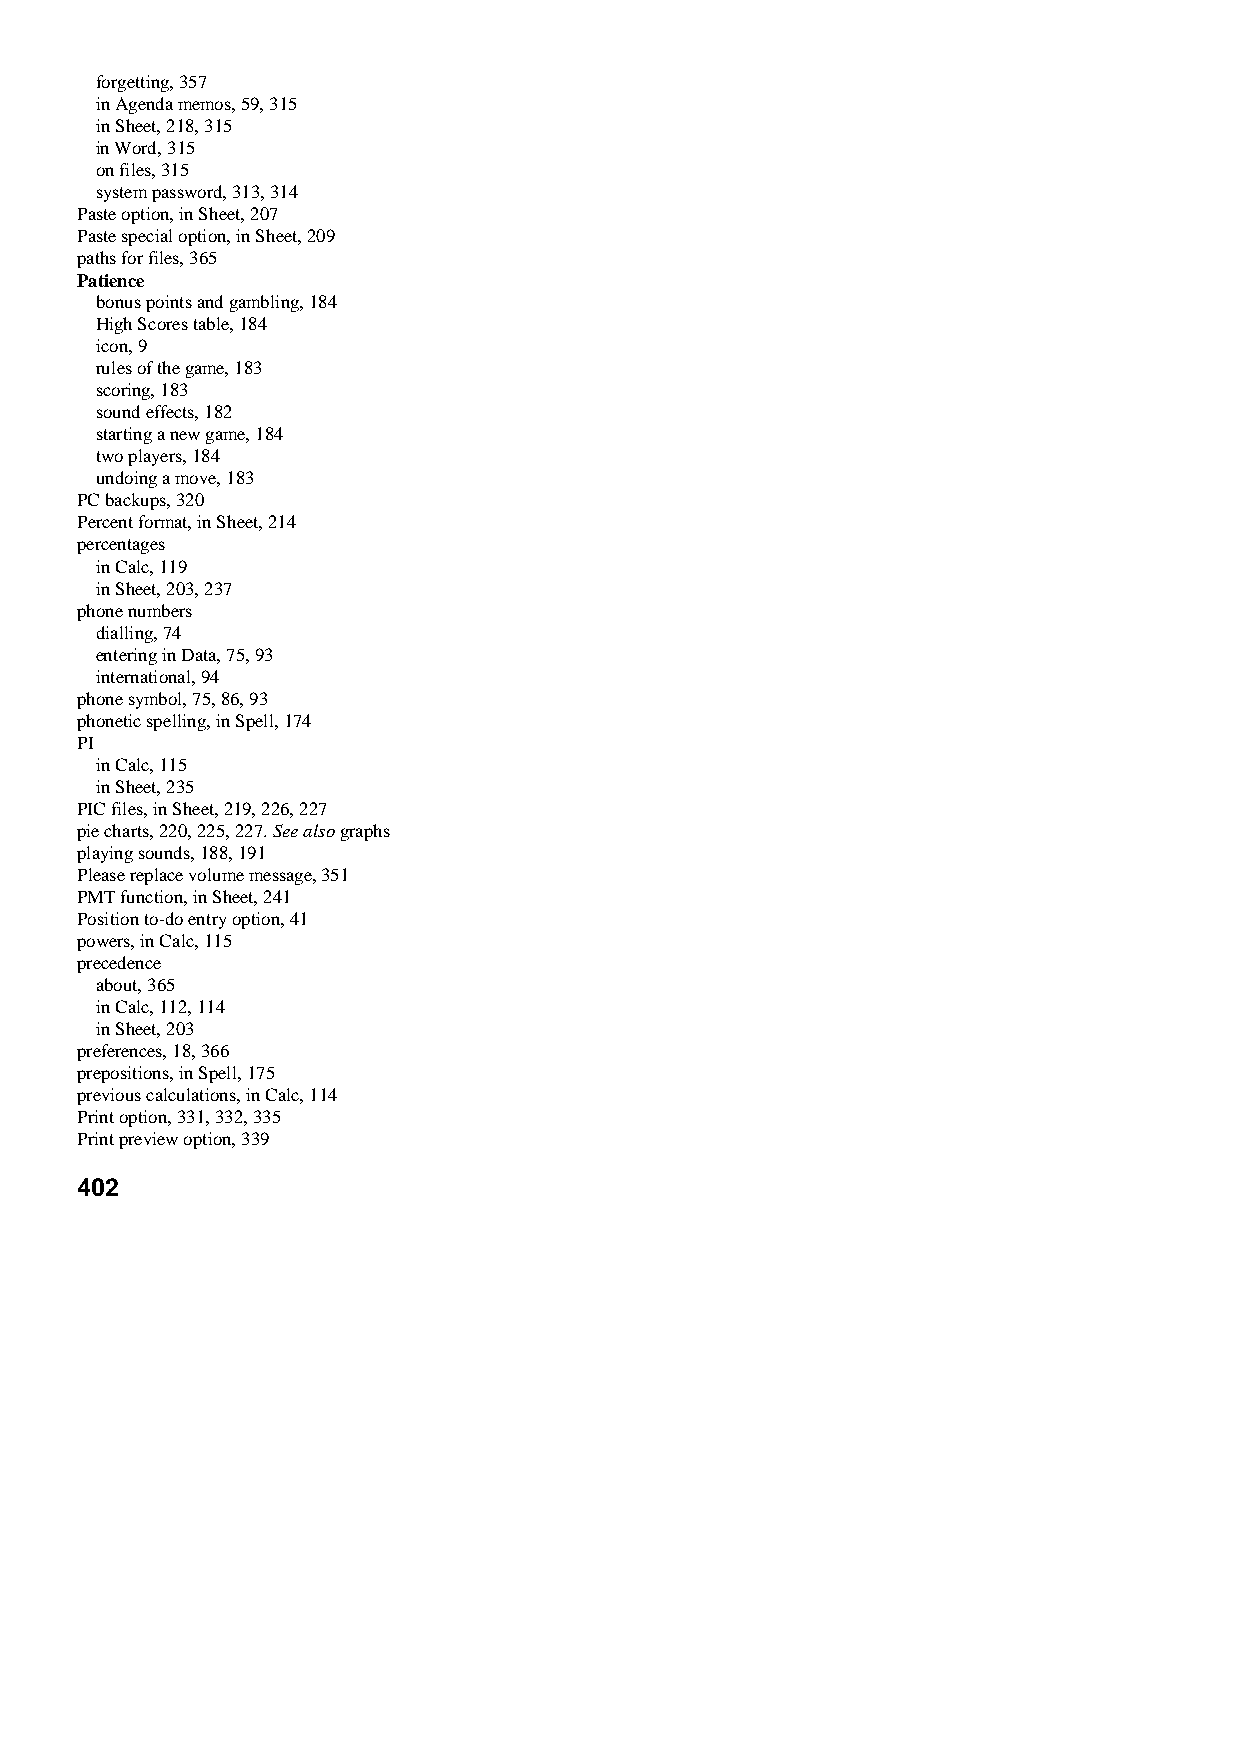
forgetting, 357
 in Agenda memos, 59, 315
 in Sheet, 218, 315
 in Word, 315
 on files, 315
 system password, 313, 314
 Paste option, in Sheet, 207
 Paste special option, in Sheet, 209
 paths for files, 365
 Patience
 bonus points and gambling, 184
 High Scores table, 184
 icon, 9
 rules of the game, 183
 scoring, 183
 sound effects, 182
 starting a new game, 184
 two players, 184
 undoing a move, 183
 PC backups, 320
 Percent format, in Sheet, 214
 percentages
 in Calc, 119
 in Sheet, 203, 237
 phone numbers
 dialling, 74
 entering in Data, 75, 93
 international, 94
 phone symbol, 75, 86, 93
 phonetic spelling, in Spell, 174
 PI
 in Calc, 115
 in Sheet, 235
 PIC files, in Sheet, 219, 226, 227
 pie charts, 220, 225, 227. See also graphs
 playing sounds, 188, 191
 Please replace volume message, 351
 PMT function, in Sheet, 241
 Position to-do entry option, 41
 powers, in Calc, 115
 precedence
 about, 365
 in Calc, 112, 114
 in Sheet, 203
 preferences, 18, 366
 prepositions, in Spell, 175
 previous calculations, in Calc, 114
 Print option, 331, 332, 335
 Print preview option, 339
 402